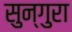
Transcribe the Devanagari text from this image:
सुन्गुरा